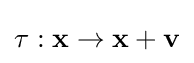
\tau :\mathbf {x} \to \mathbf {x} +\mathbf {v}